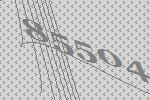
85504